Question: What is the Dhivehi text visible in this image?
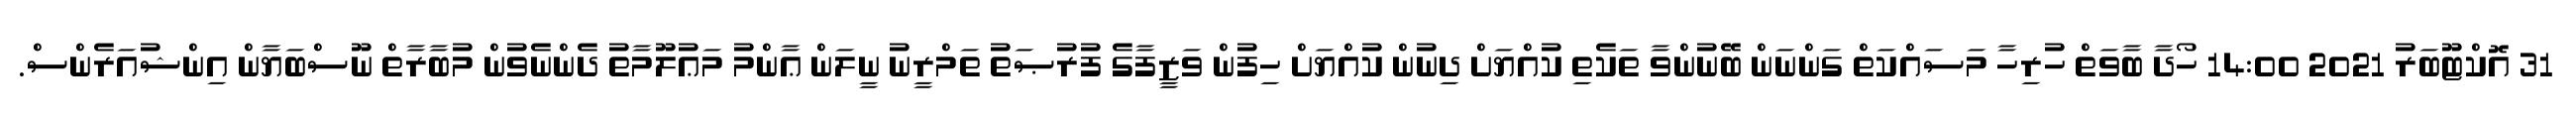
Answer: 31 އޮކްޓޫބަރު 2021 14:00 ހޯދާ ބާވަތް ހުރިހާ މަސައްކަތް ގަންނަން ބޭނުންވާ ތަކެތި ކުއްޔަށް ދިނުން ކުއްޔަށް ހިފުން ވަޒީފާގެ ފުރުޞަތު ތަމްރީނު ނީލަން ޢާންމު މަޢުލޫމާތު ދެންނެވުން މުބާރާތް ނޫސްބަޔާން އިންޝުއަރެންސް.